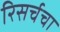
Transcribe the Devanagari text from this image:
रिसर्चचा